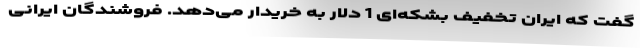
گفت که ایران تخفیف بشکه‌ای 1 دلار به خریدار می‌دهد. فروشندگان ایرانی